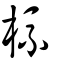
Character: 梳